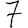
Digit: 7